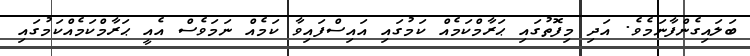
ބަލައިގެންފާނަމެވެ. އަދި މިފޮތުގައި ޙަރާމްކަމެއް ކަމުގައި އައިސްފައިވާ ކަމެއް ނަމަވެސް އެއީ ޙަރާމްކަމެއްކަމުގައި